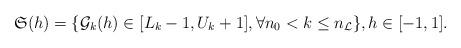
LaTeX: \begin{align*}\mathfrak S(h)=\{\mathcal G_k(h)\in [L_k-1,U_k+1], \forall n_0<k\leq n_\mathcal L\}, h\in [-1,1].\end{align*}